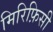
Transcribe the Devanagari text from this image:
मिरिफ़िसी